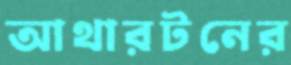
আথারটনের